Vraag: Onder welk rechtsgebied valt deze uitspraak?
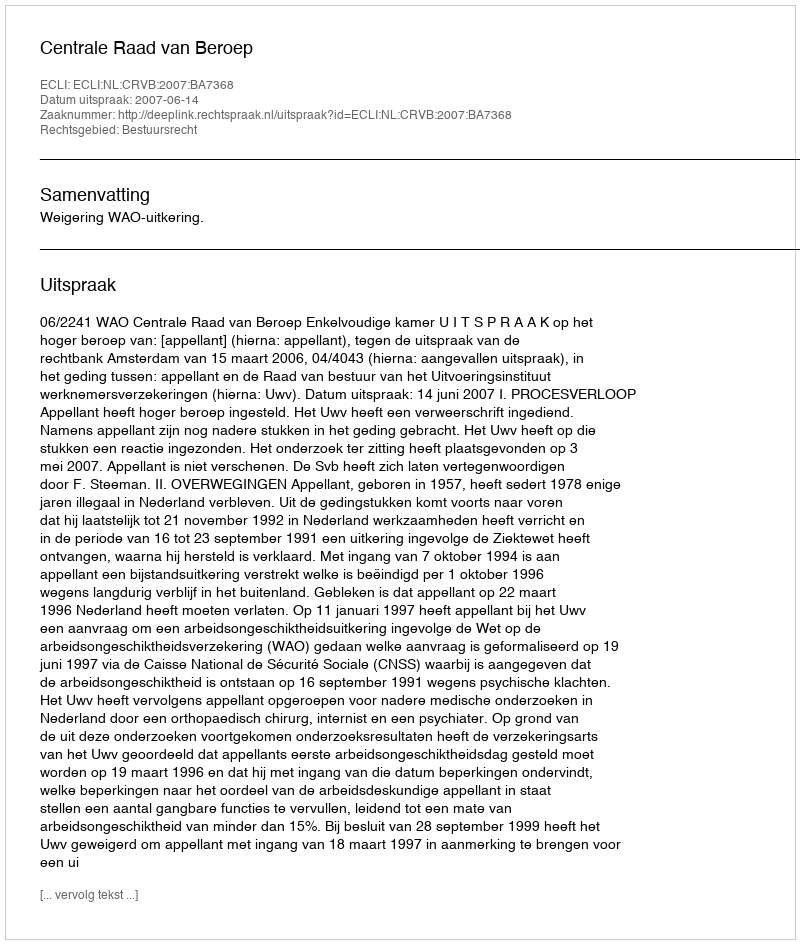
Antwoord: Bestuursrecht